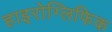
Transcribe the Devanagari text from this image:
हाइरोग्लिफिक